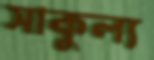
সাকুল্য